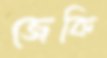
জেকি